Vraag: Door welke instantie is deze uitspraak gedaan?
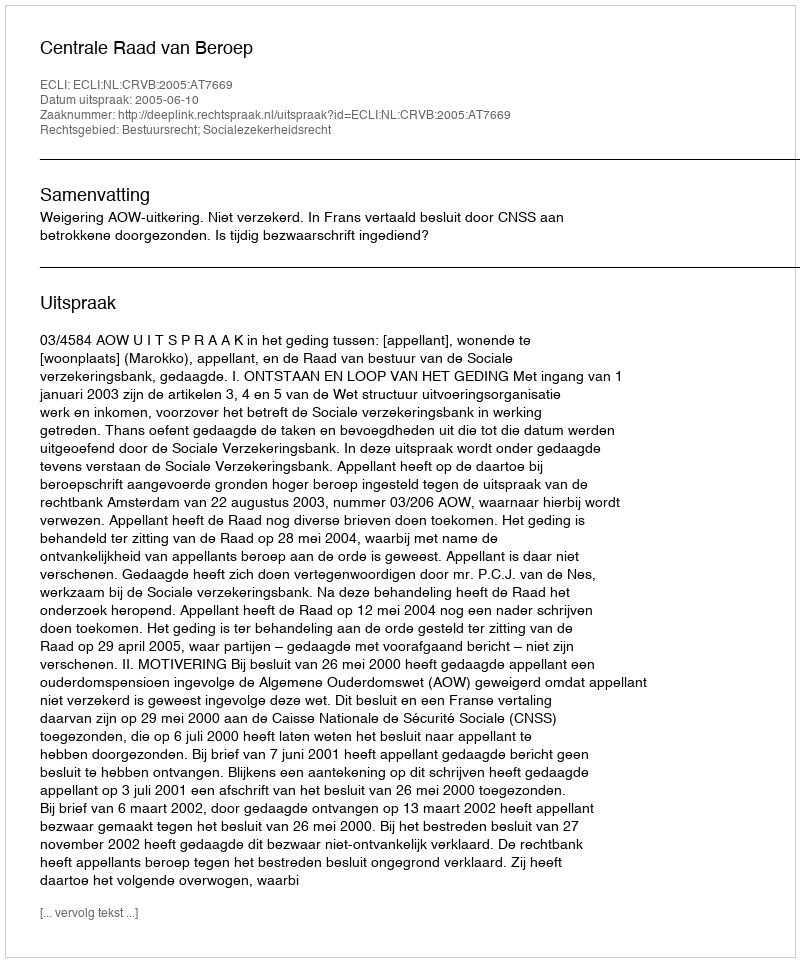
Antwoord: Centrale Raad van Beroep